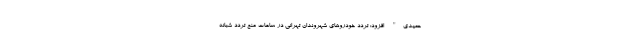
حمیدی" افزود: تردد خودروهای شهروندان تهرانی در ساعات منع تردد شبانه